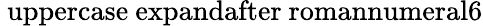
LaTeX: \mathrm{{\ uppercase\ expandafter{\ romannumeral6}}}